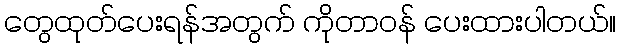
တွေထုတ်ပေးရန်အတွက် ကိုတာဝန် ပေးထားပါတယ်။